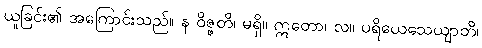
ယူခြင်း၏ အကြောင်းသည်။ န ဝိဇ္ဇတိ၊ မရှိ။ ဣတော၊ လ။ ပရိယေသေယျာတိ၊